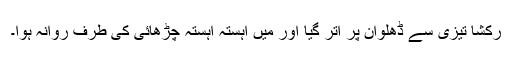
رکشا تیزی سے ڈھلوان پر اتر گیا اور میں آہستہ آہستہ چڑھائی کی طرف روانہ ہوا۔